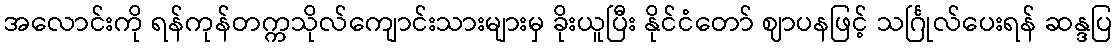
အလောင်းကို ရန်ကုန်တက္ကသိုလ်ကျောင်းသားများမှ ခိုးယူပြီး နိုင်ငံတော် ဈာပနဖြင့် သင်္ဂြုလ်ပေးရန် ဆန္ဒပြ